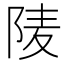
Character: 𨹧